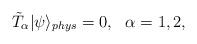
LaTeX: \begin{align*}\tilde{T}_\alpha | \psi \rangle_{phys} = 0, \,\,\,\, \alpha=1,2,\end{align*}